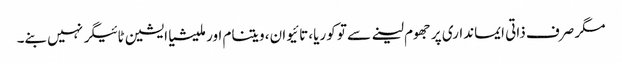
مگر صرف ذاتی ایمانداری پر جھوم لینے سے تو کوریا، تائیوان، ویتنام اور ملیشیا ایشین ٹائیگر نہیں بنے۔